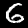
Label: 6